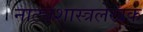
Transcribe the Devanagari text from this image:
नाट्यशास्त्रलेखक